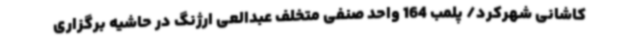
کاشانی شهرکرد/ پلمب 164 واحد صنفی متخلف عبدالعی ارژنگ در حاشیه برگزاری